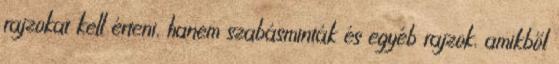
rajzokat kell érteni, hanem szabásminták és egyéb rajzok, amikből